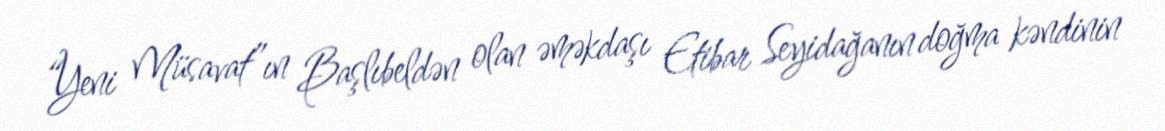
“Yeni Müsavat”ın Başlıbeldən olan əməkdaşı Etibar Seyidağanın doğma kəndinin